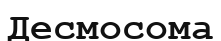
Десмосома